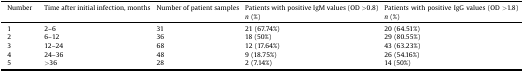
| Number | Time after initial infection, months | Number of patient samples | Patients with positive IgM values (OD >0.8)n (%) | Patients with positive IgG values (OD >1.8)n (%) |
 | --- | --- | --- | --- | --- |
 | 1 | 2–6 | 31 | 21 (67.74%) | 20 (64.51%) |
 | 2 | 6–12 | 36 | 18 (50%) | 29 (80.55%) |
 | 3 | 12–24 | 68 | 12 (17.64%) | 43 (63.23%) |
 | 4 | 24–36 | 48 | 9 (18.75%) | 26 (54.16%) |
 | 5 | >36 | 28 | 2 (7.14%) | 14 (50%) |